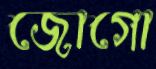
জোগো